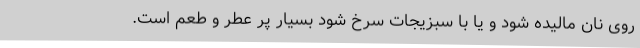
روی نان مالیده شود و یا با سبزیجات سرخ شود بسیار پر عطر و طعم است.